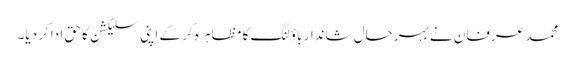
محمد عرفان نے بہرحال شاندار باؤلنگ کا مظاہر ہ کر کے اپنی سلیکشن کا حق ادا کر دیا۔